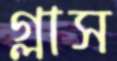
গ্লাস